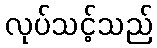
လုပ်သင့်သည်